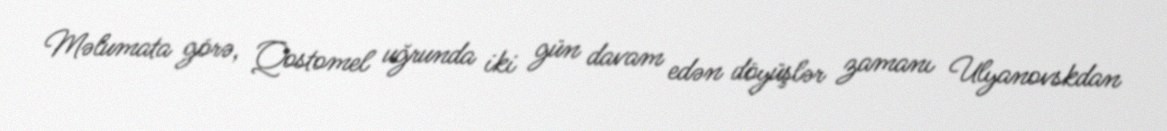
Məlumata görə, Qostomel uğrunda iki gün davam edən döyüşlər zamanı Ulyanovskdan